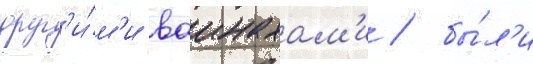
друг'и́м'и ваинахам'и / бы́л'и